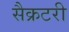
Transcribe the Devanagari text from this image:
सैक्रटरी